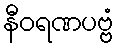
နီဝရဏပဗ္ဗံ